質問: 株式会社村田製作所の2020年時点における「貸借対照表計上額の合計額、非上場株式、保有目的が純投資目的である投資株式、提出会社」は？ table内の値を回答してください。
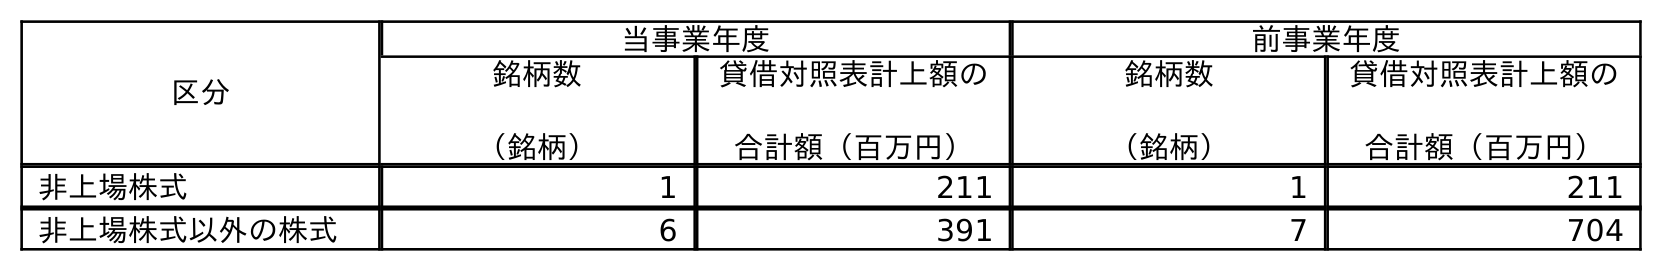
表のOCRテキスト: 区分 当事業年度 前事業年度 銘柄数 （銘柄） 貸借対照表計上額の 合計額（百万円） 銘柄数 （銘柄） 貸借対照表計上額の 合計額（百万円） 非上場株式 1 211 1 211 非上場株式以外の株式 6 391 7 704
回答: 211